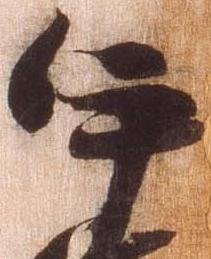
伊